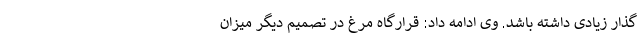
گذار زیادی داشته باشد. وی ادامه داد: قرارگاه مرغ در تصمیم دیگر میزان